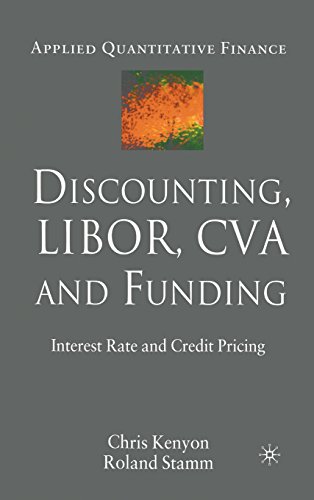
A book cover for Discounting, Libor, CVA and Funding: Interest Rate and Credit Pricing (Applied Quantitative Finance); Chris Kenyon; Business & Money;